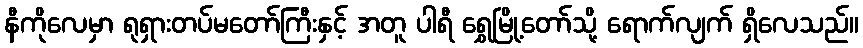
နီကိုလေမှာ ရုရှားတပ်မတော်ကြီးနှင့် အတူ ပါရီ ရွှေမြို့တော်သို့ ရောက်လျက် ရှိလေသည်။